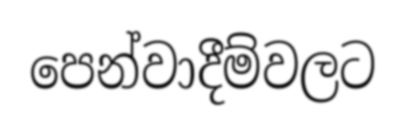
පෙන්වාදීම්වලට